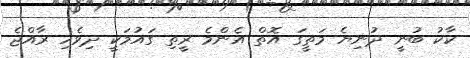
ކާކު ބުނީ ދުނިޔެ މަތީގަ އޮތް އެންމެ ރީތި ގައުމަކީ ދިވެހި ރާއްޖެ